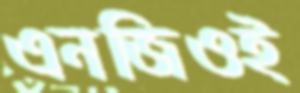
এনজিওই